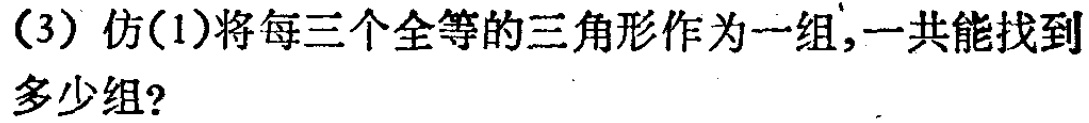
(3) 仿(1)将每三个全等的三角形作为一组,一共能找到多少组?